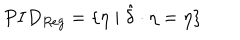
P I D _ { R e g } = \{ \eta \mid \hat { \delta } \cdot \eta = \eta \}